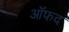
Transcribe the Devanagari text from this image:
ऑफद